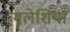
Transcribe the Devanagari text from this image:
गलेशिया